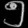
Digit: ၅